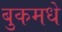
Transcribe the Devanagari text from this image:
बुकमधे